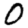
Digit: 0